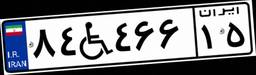
۷۲W۲۰۱۶۲